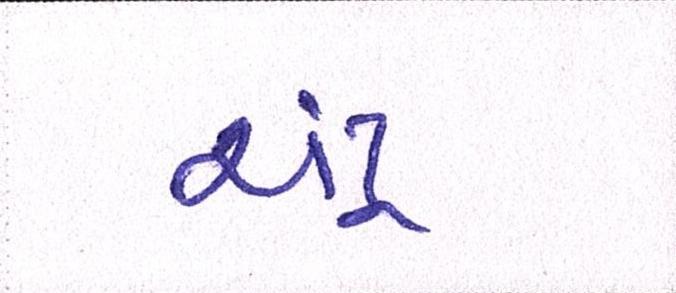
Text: ચંદ્ર